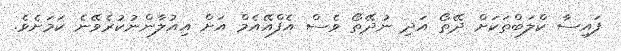
ފައިސާ ކްލަބްތަކަށް ދޭތޯ އަދި ނުދޭތޯ ވެސް އެފްއޭއެމް އަށް އިއުލާންނުކުރެވޭނެ ކަމަށެވެ.